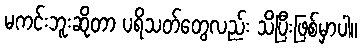
မကင်းဘူးဆိုတာ ပရိသတ်တွေလည်း သိပြီးဖြစ်မှာပါ။